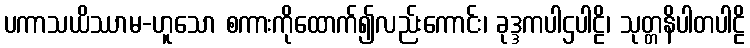
ပကာသယိဿာမ-ဟူသော စကားကိုထောက်၍လည်းကောင်း၊ ခုဒ္ဒကပါဌပါဠိ၊ သုတ္တနိပါတပါဠိ